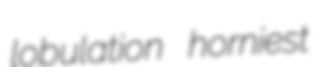
lobulation horniest